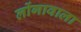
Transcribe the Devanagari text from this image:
लोंगावाला